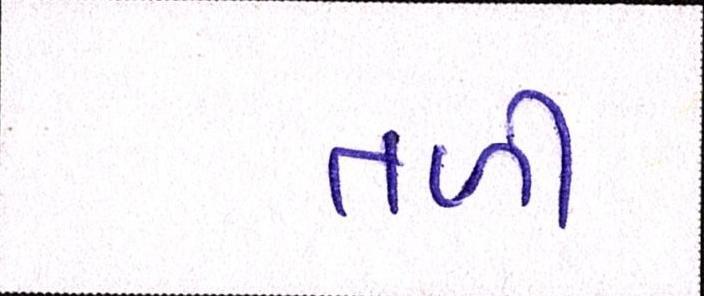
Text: તળી